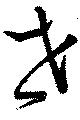
垚